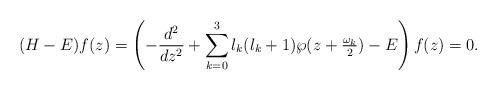
LaTeX: \begin{align*}(H-E)f(z)=\left( -\frac{d^{2}}{dz^{2}}+\sum_{k=0}^{3}l_{k}(l_{k}+1)\wp(z+\tfrac{\omega_{k}}{2})-E\right) f(z)=0. \end{align*}